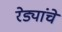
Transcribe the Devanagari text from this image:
रेड्यांचे